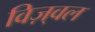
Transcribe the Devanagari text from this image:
विज़्वल